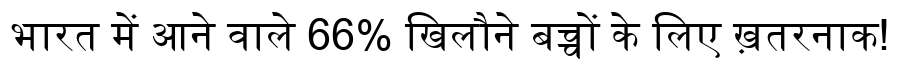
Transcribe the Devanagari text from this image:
भारत में आने वाले 66% खिलौने बच्चों के लिए ख़तरनाक!